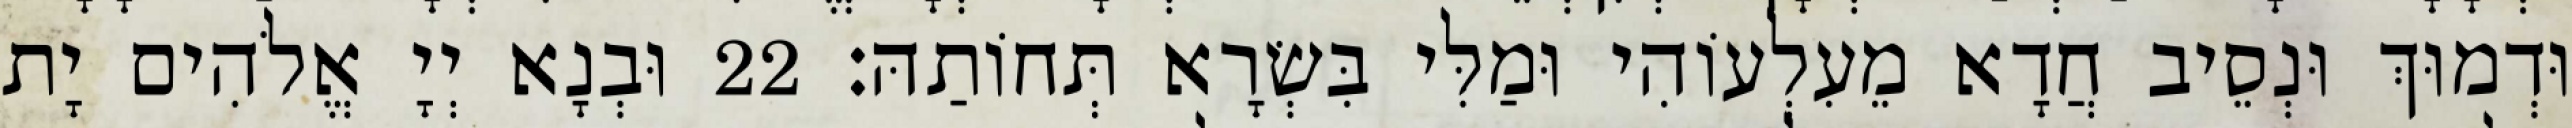
וּדְמוּךְ וּנְסֵיב חֲדָא מֵעִלְעוֹהִי וּמַלִּי בִּשְׂרָא תְּחוֹתַהּ׃ 22 וּבְנָא יְיָ אֱלֹהִים יָת